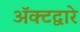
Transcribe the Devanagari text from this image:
अॅक्टद्वारे